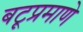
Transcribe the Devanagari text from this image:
बटूप्रमाणे